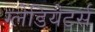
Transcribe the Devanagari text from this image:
ग्लेडियेटर्स